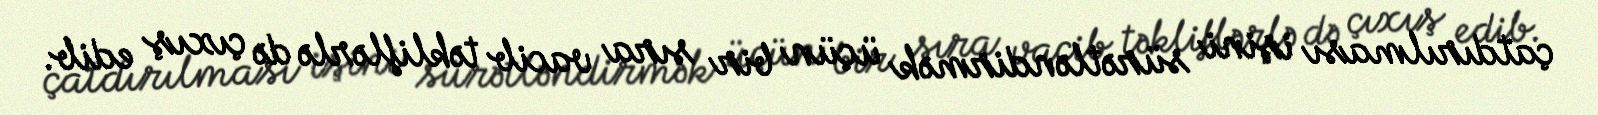
çatdırılması işini sürətləndirmək üçün bir sıra vacib təkliflərlə də çıxış edib.